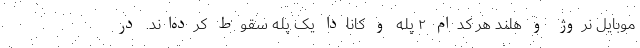
موبایل نروژ و هلند هر کدام ۲ پله و کانادا یک پله سقوط کرده‌اند. در